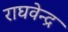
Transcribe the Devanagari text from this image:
राघवेन्‍द्र